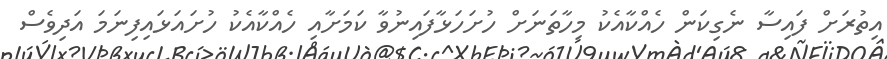
އިތުރަށް ފައިސާ ނެގިކަން ހެއްކާއެކު މިހާތަނަށް ހުށަހަޅާފައިނުވާ ކަމަށާއި ހެއްކާއެކު ހުށައަޅައިފިނަމަ އަދިވެސް